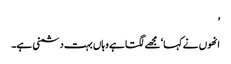
’
انھوں نے کہا ‘مجھے لگتا ہے وہاں بہت دشمنی ہے۔